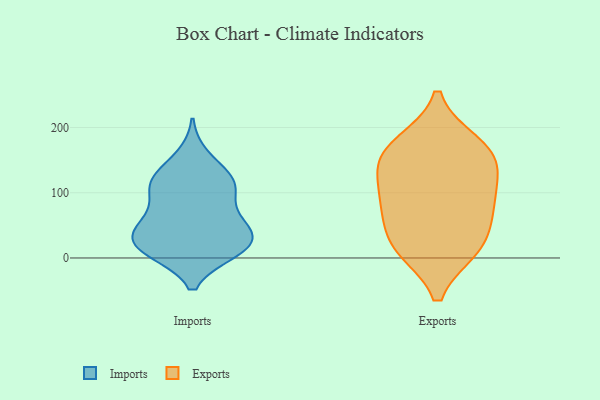
{"axis": {"x": "Demand Index", "y": "Value"}, "legend": ["Exports", "Imports"], "data": [{"x": "", "y": 59, "type": "Imports"}, {"x": "", "y": 66, "type": "Imports"}, {"x": "", "y": 18, "type": "Imports"}, {"x": "", "y": 122, "type": "Imports"}, {"x": "", "y": 10, "type": "Imports"}, {"x": "", "y": 13, "type": "Imports"}, {"x": "", "y": 155, "type": "Imports"}, {"x": "", "y": 101, "type": "Imports"}, {"x": "", "y": 119, "type": "Imports"}, {"x": "", "y": 41, "type": "Imports"}, {"x": "", "y": 12, "type": "Imports"}, {"x": "", "y": 111, "type": "Imports"}, {"x": "", "y": 38, "type": "Imports"}, {"x": "", "y": 46, "type": "Imports"}, {"x": "", "y": 113, "type": "Imports"}, {"x": "", "y": 19, "type": "Imports"}, {"x": "", "y": 15, "type": "Exports"}, {"x": "", "y": 167, "type": "Exports"}, {"x": "", "y": 144, "type": "Exports"}, {"x": "", "y": 175, "type": "Exports"}, {"x": "", "y": 156, "type": "Exports"}, {"x": "", "y": 87, "type": "Exports"}, {"x": "", "y": 18, "type": "Exports"}, {"x": "", "y": 120, "type": "Exports"}, {"x": "", "y": 19, "type": "Exports"}, {"x": "", "y": 71, "type": "Exports"}, {"x": "", "y": 82, "type": "Exports"}]}